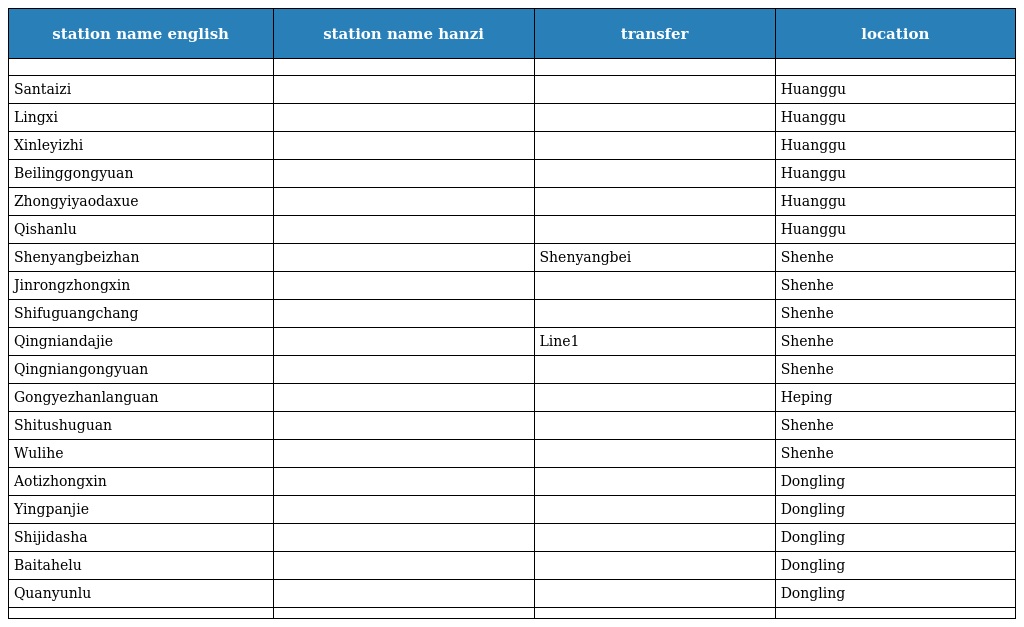
| station name english | station name hanzi | transfer | location |
 | --- | --- | --- | --- |
 |  |  |  |  |
 | Santaizi | 三台子 |  | Huanggu |
 | Lingxi | 陵西 |  | Huanggu |
 | Xinleyizhi | 新乐遗址 |  | Huanggu |
 | Beilinggongyuan | 北陵公园 |  | Huanggu |
 | Zhongyiyaodaxue | 中医药大学 |  | Huanggu |
 | Qishanlu | 岐山路 |  | Huanggu |
 | Shenyangbeizhan | 沈阳北站 | Shenyangbei | Shenhe |
 | Jinrongzhongxin | 金融中心 |  | Shenhe |
 | Shifuguangchang | 市府广场 |  | Shenhe |
 | Qingniandajie | 青年大街 | Line1 | Shenhe |
 | Qingniangongyuan | 青年公园 |  | Shenhe |
 | Gongyezhanlanguan | 工业展览馆 |  | Heping |
 | Shitushuguan | 市图书馆 |  | Shenhe |
 | Wulihe | 五里河 |  | Shenhe |
 | Aotizhongxin | 奥体中心 |  | Dongling |
 | Yingpanjie | 营盘街 |  | Dongling |
 | Shijidasha | 世纪大厦 |  | Dongling |
 | Baitahelu | 白塔河路 |  | Dongling |
 | Quanyunlu | 全运路 |  | Dongling |
 |  |  |  |  |